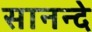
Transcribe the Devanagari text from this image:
सानन्दे